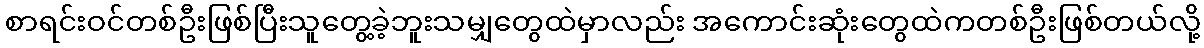
စာရင်းဝင်တစ်ဦးဖြစ်ပြီးသူတွေ့ခဲ့ဘူးသမျှတွေထဲမှာလည်း အကောင်းဆုံးတွေထဲကတစ်ဦးဖြစ်တယ်လို့